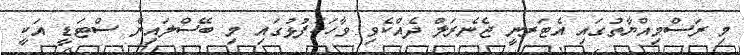
މި ރަސްމިއްޔާތުގައި އެޓަރނީ ޖެނެރަލް ދެއްކެވި ވާހަކަފުޅުގައި މި ބޭސްލައިން ސްޓަޑީ އަކީ